65_HS1-834228961_62-HQ-83894_Section_3
Agency: FBI
Page 109
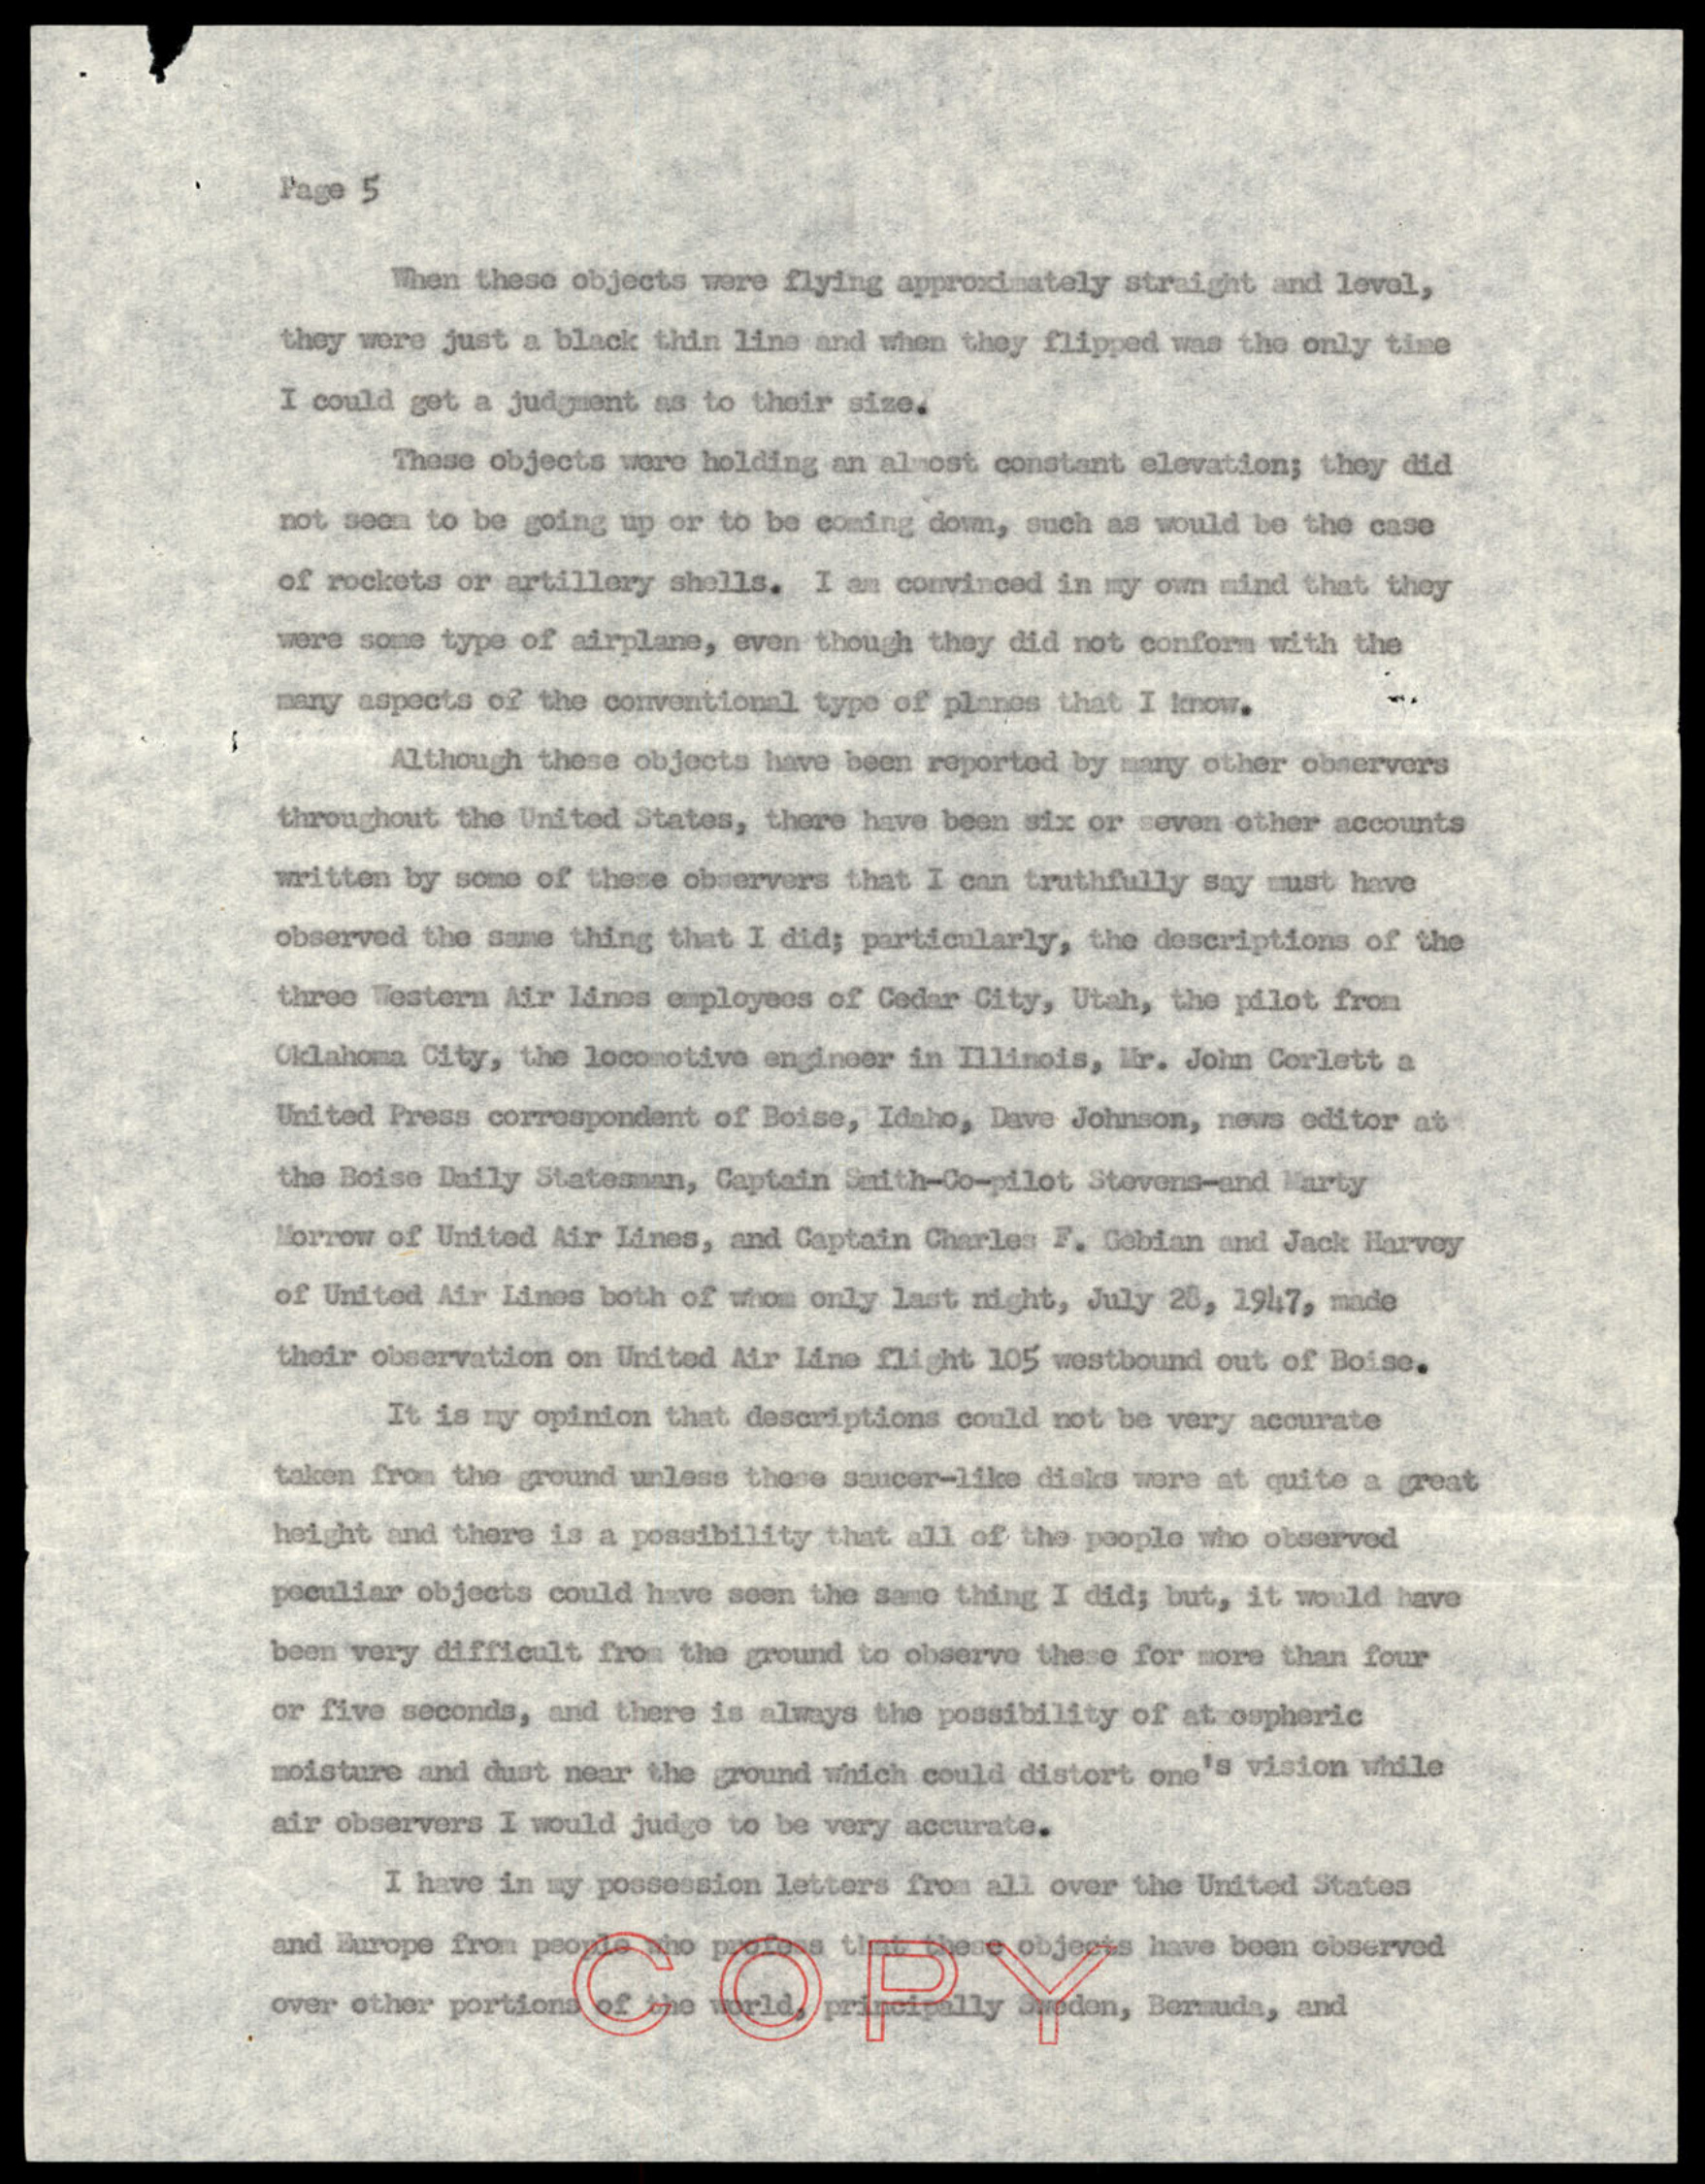